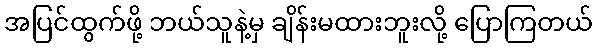
အပြင်ထွက်ဖို့ ဘယ်သူနဲ့မှ ချိန်းမထားဘူးလို့ ပြောကြတယ်